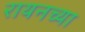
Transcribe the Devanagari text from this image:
रायनच्या